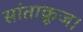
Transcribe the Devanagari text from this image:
सांताक्रूज।